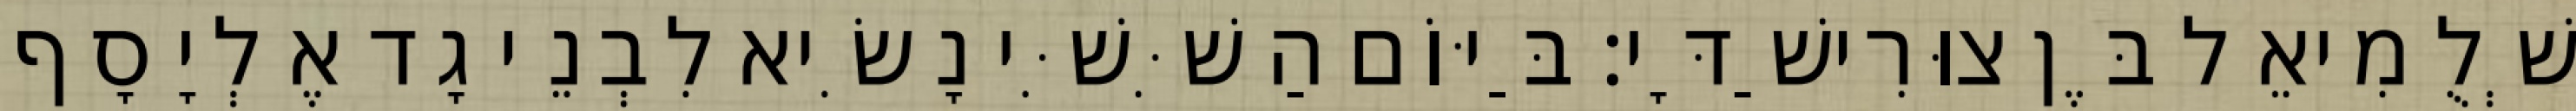
שְׁלֻמִיאֵל בֶּן צוּרִישַׁדָּי׃ בַּיּוֹם הַשִּׁשִּׁי נָשִׂיא לִבְנֵי גָד אֶלְיָסָף